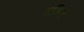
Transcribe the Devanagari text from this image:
देक्ष्णि